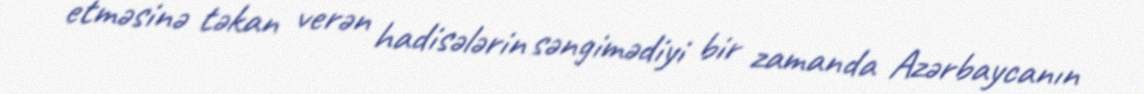
etməsinə təkan verən hadisələrin səngimədiyi bir zamanda Azərbaycanın